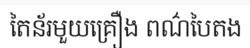
តៃន័រមួយគ្រឿង ពណ៌បៃតង